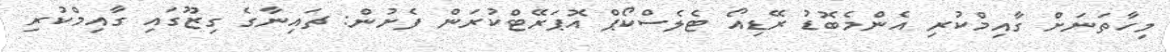
މިހާތަނަށް ގާއިމްކުރި އެންމެބޮޑު ރޭޑިއޯ ޓެލެސްކޯޕް އޮޕަރޭޓްކުރަން ފެށުން: ޗައިނާގެ ގިޒޫގައި ގާއިމްކުރި